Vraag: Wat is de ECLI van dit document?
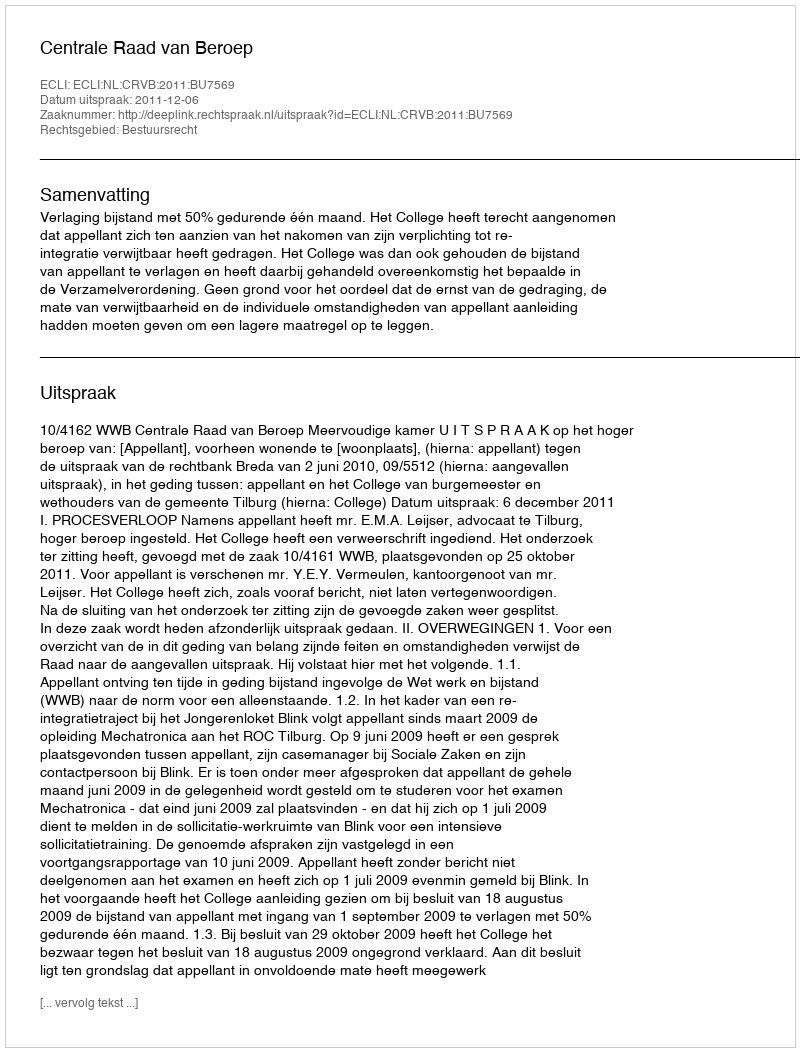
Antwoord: ECLI:NL:CRVB:2011:BU7569